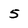
Character: 5